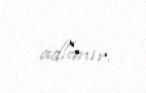
adlanır.